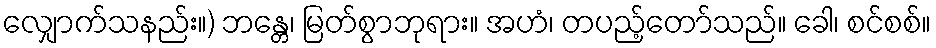
လျှောက်သနည်း။) ဘန္တေ၊ မြတ်စွာဘုရား။ အဟံ၊ တပည့်တော်သည်။ ခေါ၊ စင်စစ်။